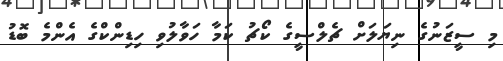
މި ސީޒަނުގެ ނިޔަލަށް ޗެލްސީގެ ކޯޗު ކަމާ ހަވާލުވި ހިޑިންކްގެ އެންމެ ބޮޑު